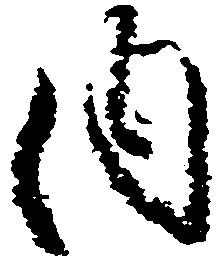
内